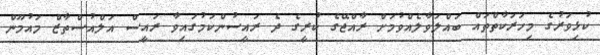
ކުޅިވަރުގެ މިހަރަކާތްތައް ބައްލަވާލެއްވުމަށް ރާއްޖޭގެ ކުރީގެ ދެ ރައީސުންކަމުގައިވާ ރައީސް އަލްއުސްތާޒް މައުމޫން